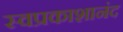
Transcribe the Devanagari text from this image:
स्वप्रकाशानंद